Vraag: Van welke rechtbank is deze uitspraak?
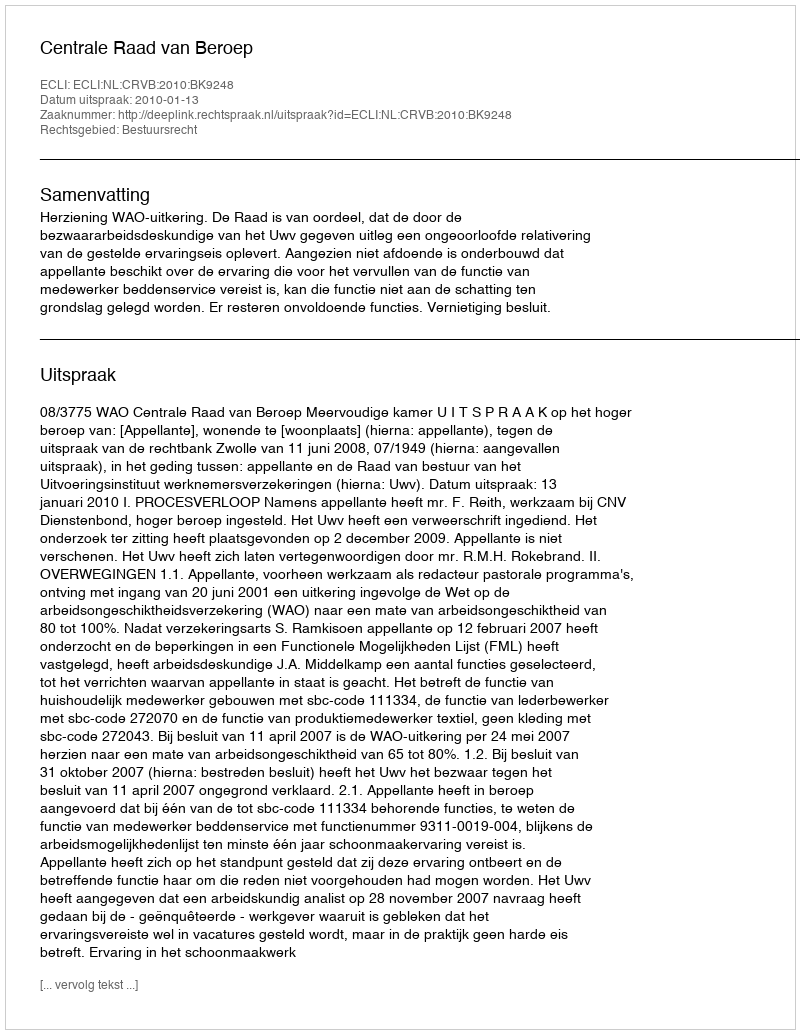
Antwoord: Centrale Raad van Beroep